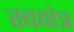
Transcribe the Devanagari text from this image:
स्वक्षेत्र